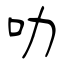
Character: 叻